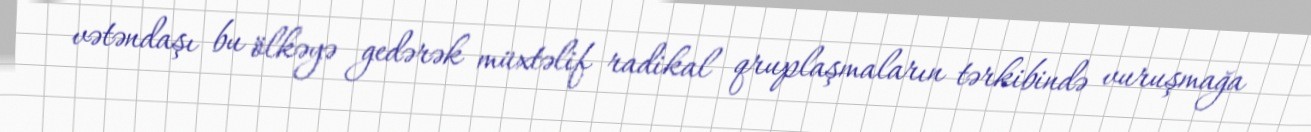
vətəndaşı bu ölkəyə gedərək müxtəlif radikal qruplaşmaların tərkibində vuruşmağa